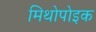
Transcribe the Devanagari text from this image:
मिथोपोइक